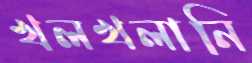
খলখলানি